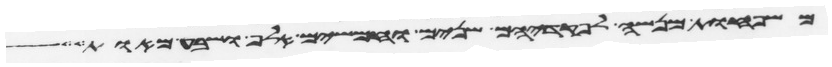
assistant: משפחות מנשה לפקדיהם שנים וחמשים אלף ושבע מאות